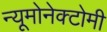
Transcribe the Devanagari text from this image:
न्यूमोनेक्टोमी